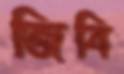
জিবি